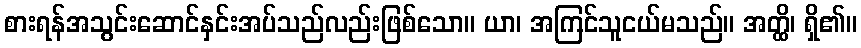
စားရန်အသွင်းဆောင်နှင်းအပ်သည်လည်းဖြစ်သော။ ယာ၊ အကြင်သူငယ်မသည်။ အတ္ထိ၊ ရှိ၏။